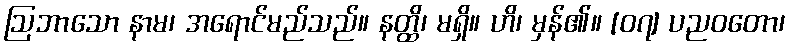
ဩဘာသော နာမ၊ အရောင်မည်သည်။ နတ္ထိ၊ မရှိ။ ဟိ၊ မှန်၏။ [၀၇] ပညဝတော၊